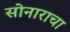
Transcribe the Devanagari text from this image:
सोनाराचा